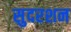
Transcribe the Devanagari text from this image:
सुदरशन